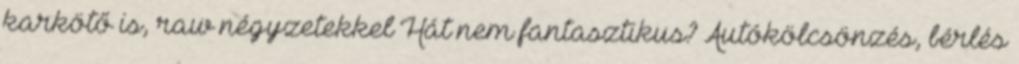
karkötő is, raw négyzetekkel Hát nem fantasztikus? Autókölcsönzés, bérlés